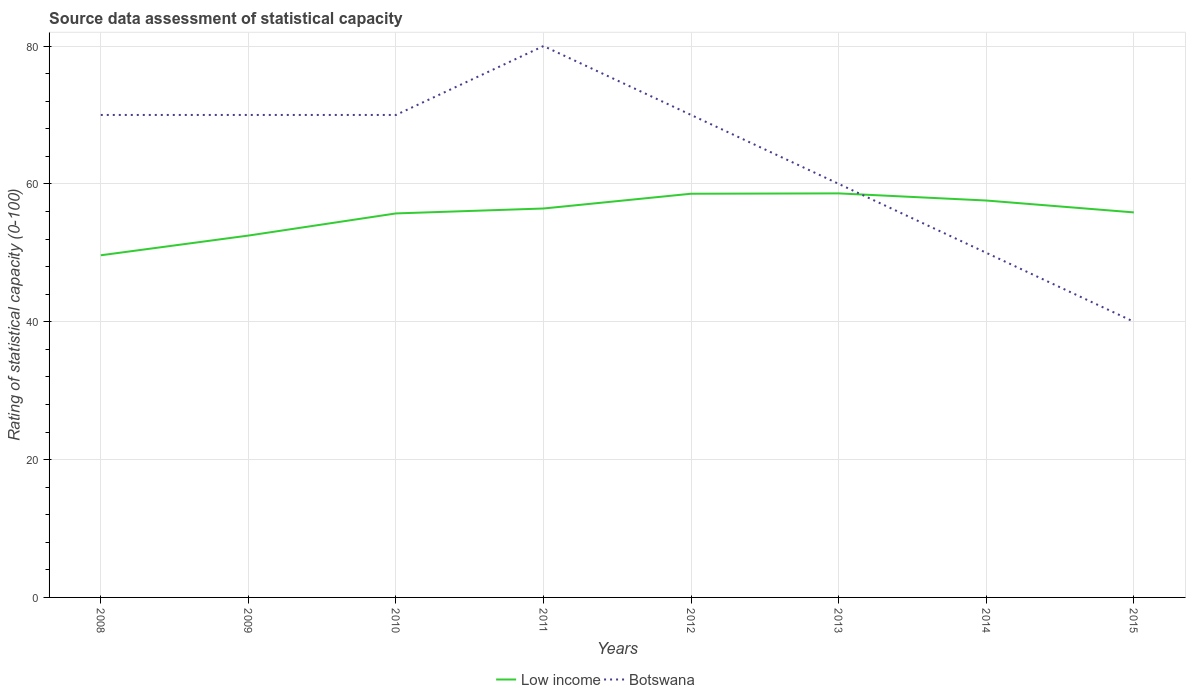
| Years | Low income | Botswana |
 | --- | --- | --- |
 | 2008 | 49.6 | 70 |
 | 2009 | 52.5 | 70 |
 | 2010 | 55.7 | 70 |
 | 2011 | 56.4 | 80 |
 | 2012 | 58.6 | 70 |
 | 2013 | 58.6 | 60 |
 | 2014 | 57.6 | 50 |
 | 2015 | 55.9 | 40 |